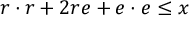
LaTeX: \, r \cdot r + 2 r e + e \cdot e \leq x